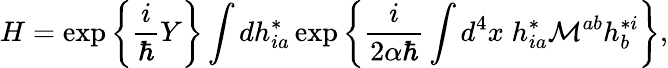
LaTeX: H=\exp\left\{ \frac{i}{\hbar}Y\right\} \int dh_{ia}^{*}\exp\left\{ \frac{i}{2\alpha\hbar}\int d^{4}x\; h_{ia}^{*}{\cal M}^{ab}h_{b}^{*i}\right\} ,